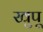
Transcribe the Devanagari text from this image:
खुपू